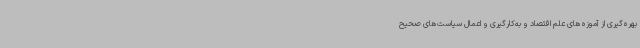
بهره‌گیری از آموزه‌های علم اقتصاد و به‌کارگیری و اعمال سیاست‌های صحیح